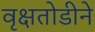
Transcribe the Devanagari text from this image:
वृक्षतोडीने